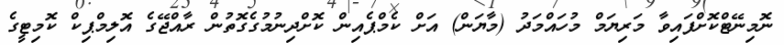
ނޮމިނޭޓްކޮށްފައިވާ މަރިޔަމް މުހައްމަދު (މާޔަން) އަށް ކެމްޕެއިން ކޮށްދިނުމުގެގޮތުން ރާއްޖޭގެ އޮލިމްޕިކް ކޮމިޓީގެ